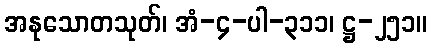
အနုသောတသုတ်၊ အံ-၄-ပါ-၃၁၁၊ ဋ္ဌ-၂၅၁။